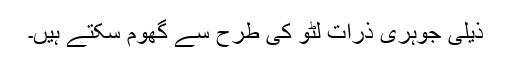
ذیلی جوہری ذرّات لٹو کی طرح سے گھوم سکتے ہیں۔